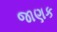
જાણક